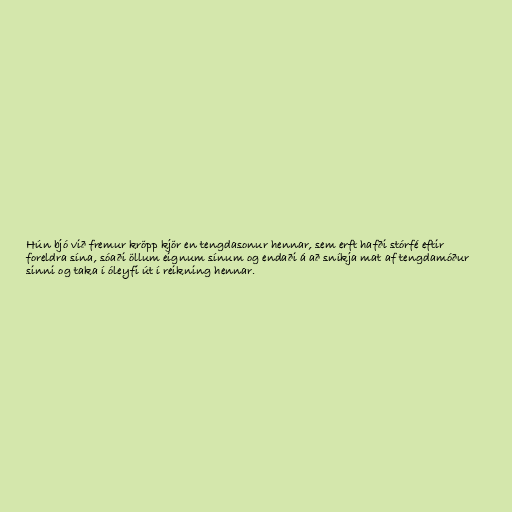
Hún bjó við fremur kröpp kjör en tengdasonur hennar, sem erft hafði stórfé eftir
foreldra sína, sóaði öllum eignum sínum og endaði á að sníkja mat af tengdamóður
sinni og taka í óleyfi út í reikning hennar.